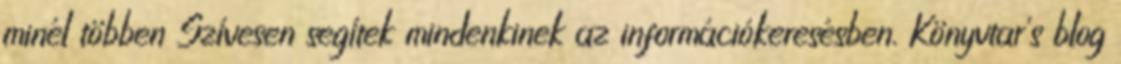
minél többen Szívesen segítek mindenkinek az információkeresésben. Könyvtar's blog